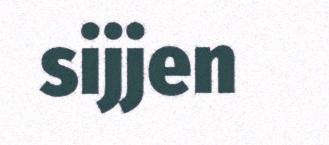
sijjen